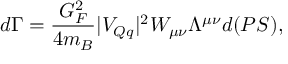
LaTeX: d \Gamma = \frac { G _ { F } ^ { 2 } } { 4 m _ { B } } | V _ { Q q } | ^ { 2 } W _ { \mu \nu } \Lambda ^ { \mu \nu } d ( P S ) ,